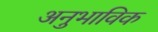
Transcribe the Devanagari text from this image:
अनुभाविक